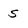
Character: s